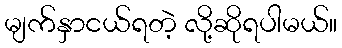
မျက်နှာငယ်ရတဲ့ လို့ဆိုရပါမယ်။